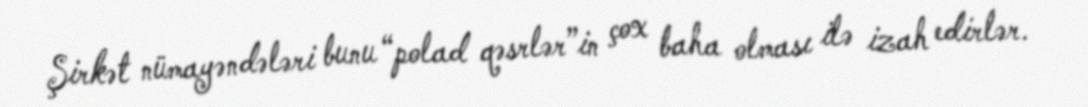
Şirkət nümayəndələri bunu “polad qəsrlər”in çox baha olması ilə izah edirlər.